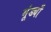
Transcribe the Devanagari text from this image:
मूंड्याँ